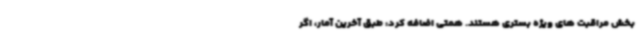
بخش مراقبت های ویژه بستری هستند. همتی اضافه کرد: طبق آخرین آمار، اگر